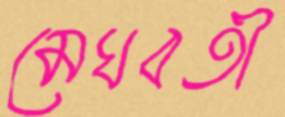
মেঘবতী